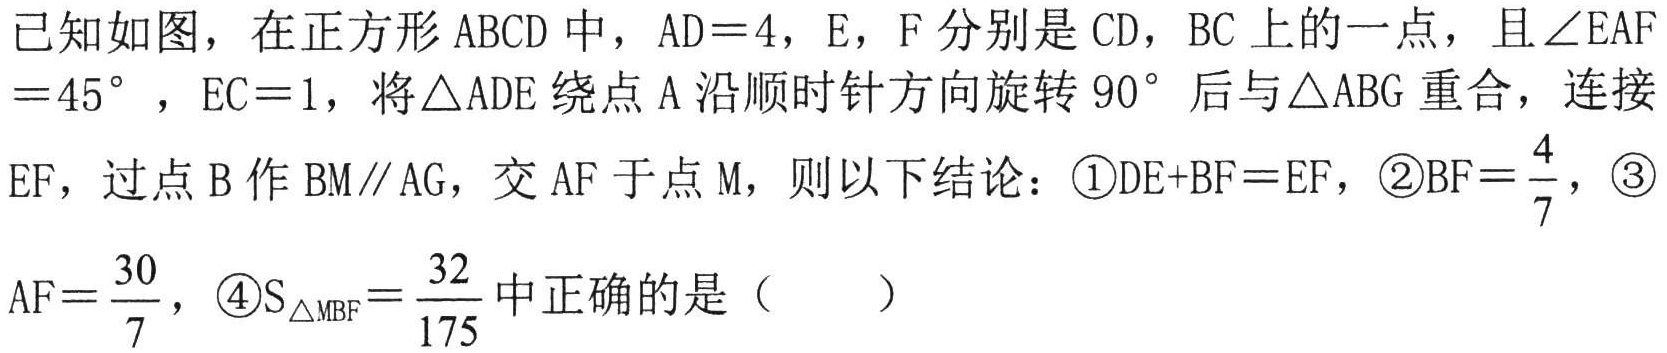
已知如图，在正方形$\text{ABCD}$中，$\text{AD}=4$，$\text{E}$，$\text{F}$分别是$\text{CD}$，$\text{BC}$上的一点，且$\angle\text{EAF}=45^{\circ}$，$\text{EC}=1$，将$\triangle\text{ADE}$绕点$\text{A}$沿顺时针方向旋转$90^{\circ}$后与$\triangle\text{ABG}$重合，连接$\text{EF}$，过点$\text{B}$作$\text{BM}\parallel\text{AG}$，交$\text{AF}$于点$\text{M}$，则以下结论：\textcircled{1}$\text{DE}+\text{BF}=\text{EF}$，\textcircled{2}$\text{BF}=\dfrac{4}{7}$，\textcircled{3}$\text{AF}=\dfrac{30}{7}$，\textcircled{4}$\text{S}_{\triangle\text{MBF}}=\dfrac{32}{175}$中正确的是（  ）